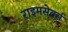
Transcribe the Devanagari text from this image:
राइमसेयर्स